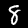
Digit: 8